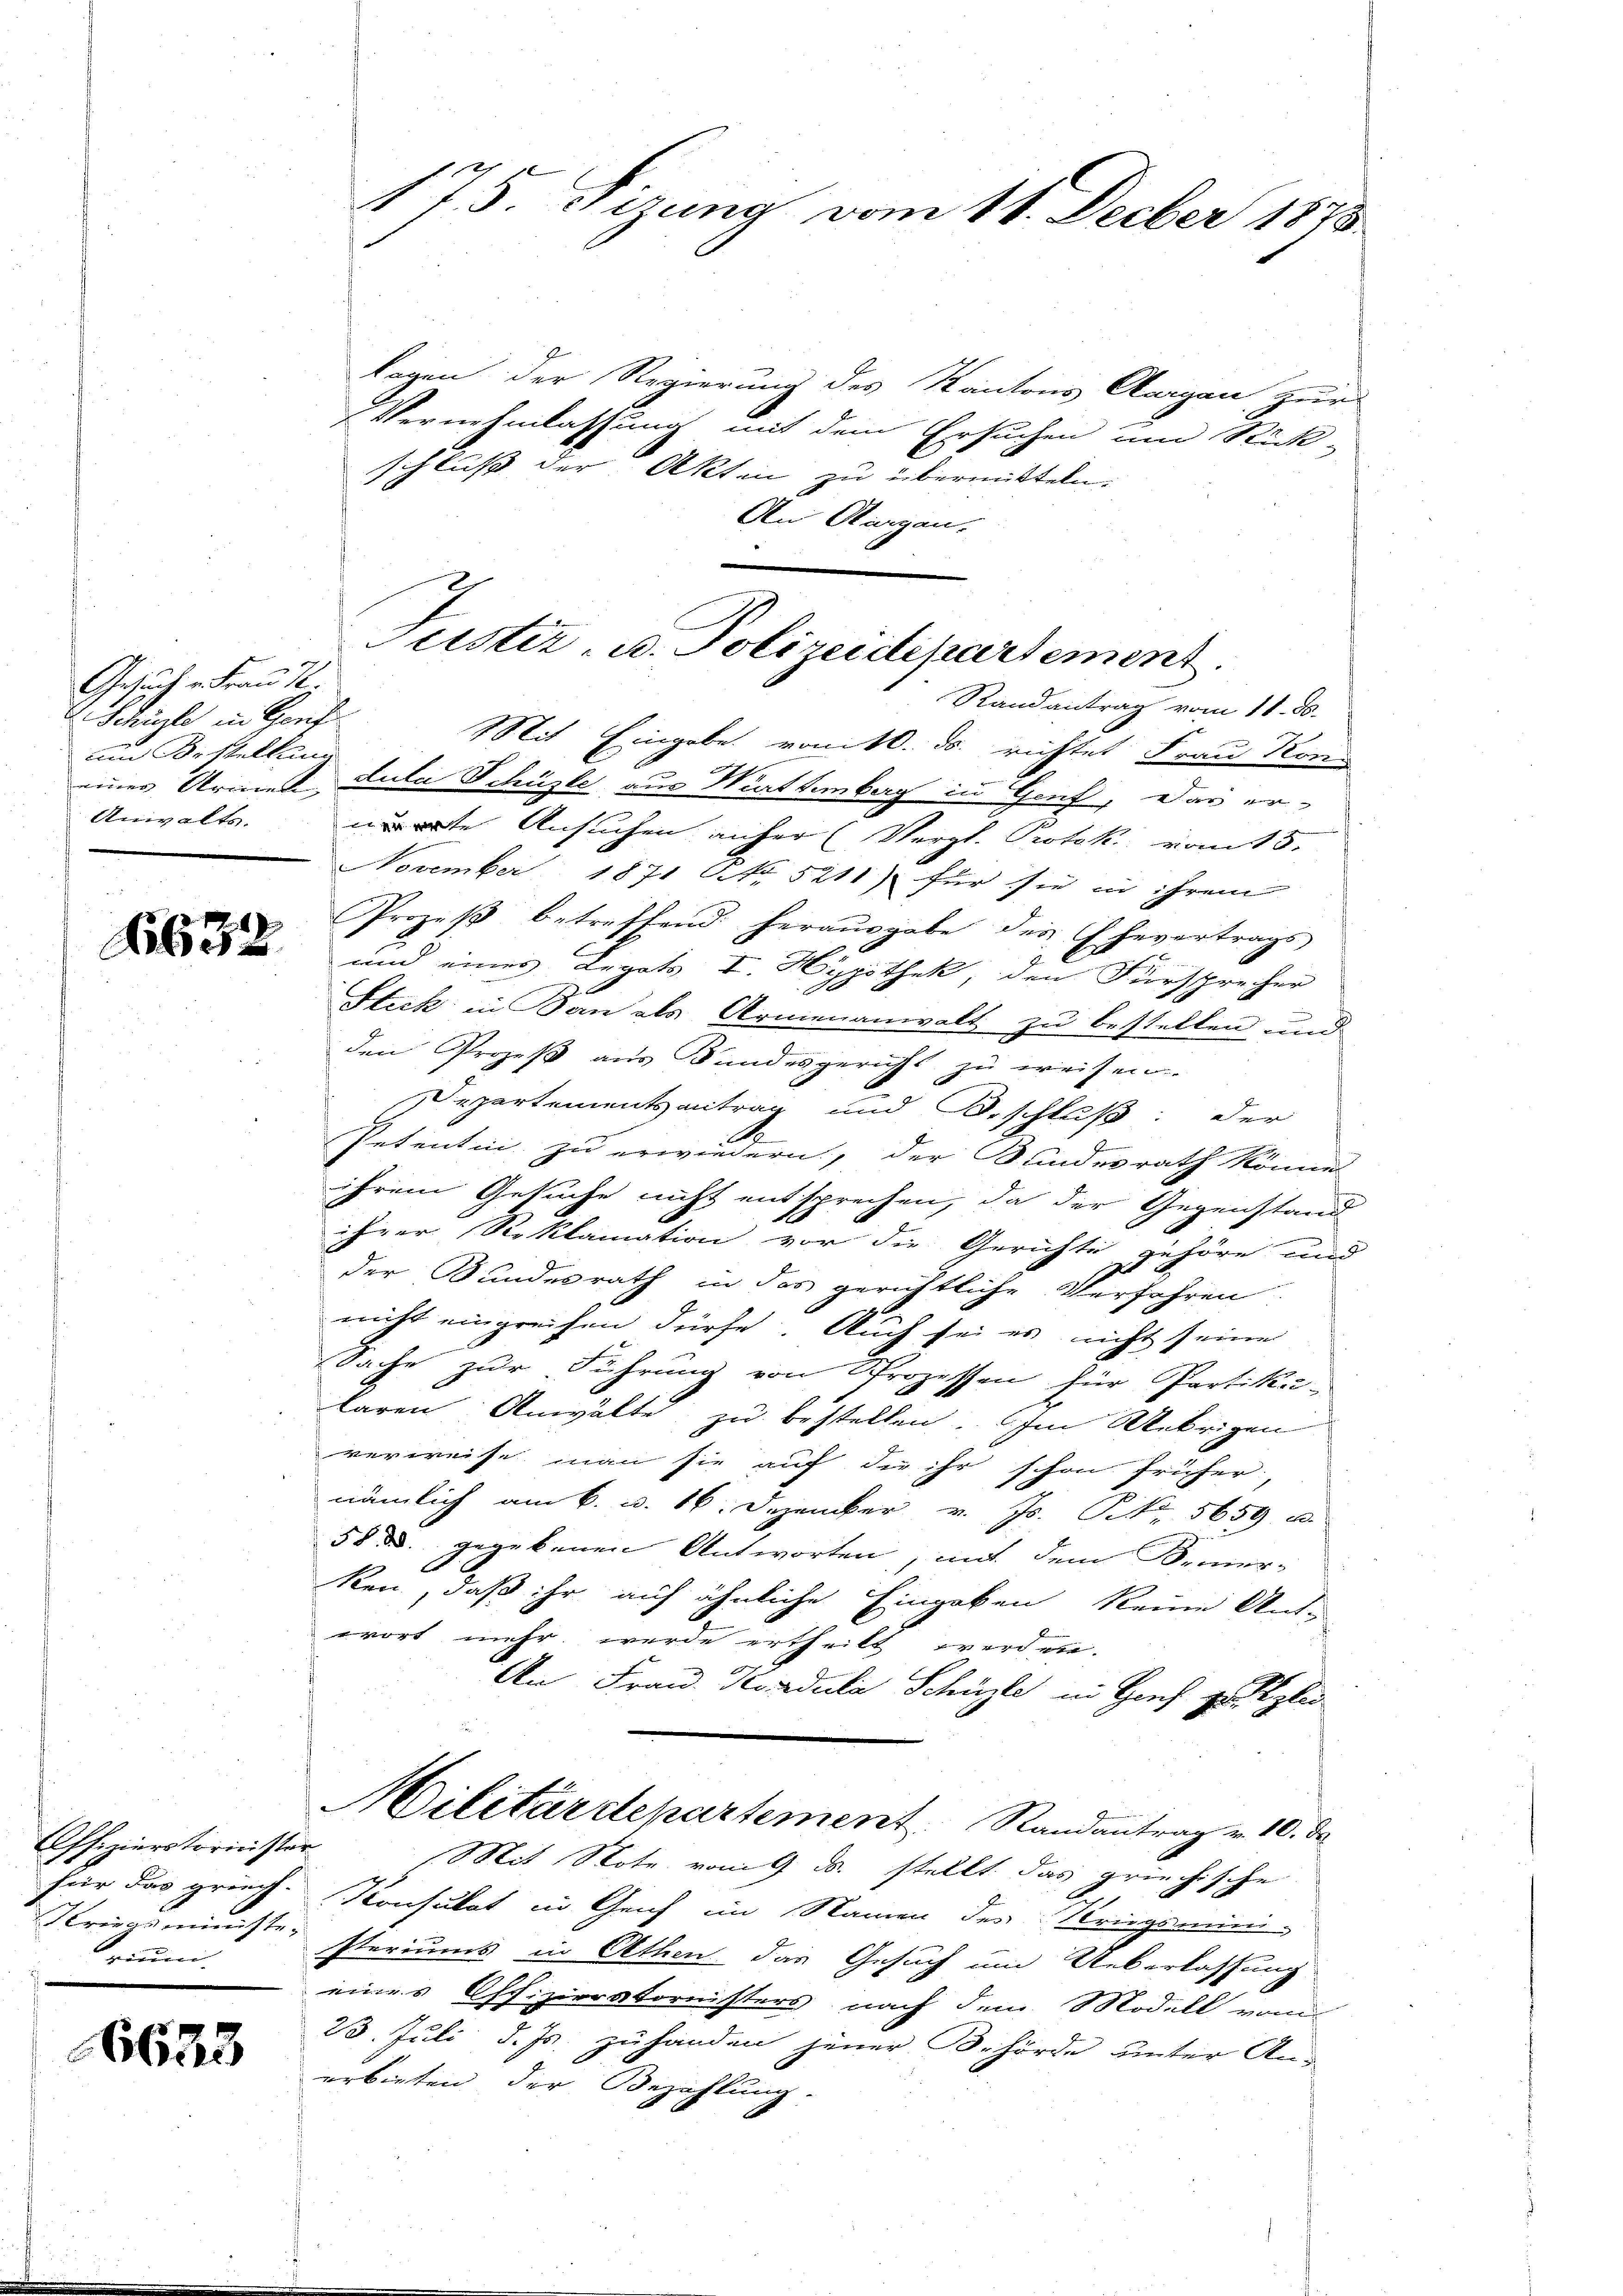
Gesuch u. Frau T.
V. Schürte in Genf
um Bestellung
Anwalts.

1
Ae

Offizierstorinster
Für das griech.
rium.

6633

lagen der Regierung des Kantons Aargau zur
Vernehmlassung mit dem Ersuchen um Rück-
schluß der Akten zu übermitteln.
An Sargau.
Randantrag vom 11. 80.
Mit Eingabe vom 10. ds. richtet Frau Kon
einer Armen, Lula Schüzle aus Württemberg in Genf, das er-
ute Ansuchen anfer (Vergl. Protok vom 15.
November 1871 NNo. 5211) für sie in ihrem
Prozeβ betreffend herausgabe des Ehevertrags
B
und eines Legats I. Hypothek, den Fürsprecher
Stick in San als Armenanwalt zu bestellen und
den Prozeß aus Bundesgericht zu weisen.
Departementsantrag und Beschluß: der
Petentin zu erwiedern, der Bundesrath könne
ihrem Gesuche nicht entsprechen, da der Gegenstand
ihrer Reklamation vor die Gerichte gehöre und
der Bundesrath in das gerichtliche Verfahren.
nicht eingreifen dürfe. Auch sei es nicht seine
SSache zur Führung von Prozessen für Partika-
laren Anwälte zu bestellen. Im Uebrigen
verweise man sie auf die ihr schon früher,
nämlich am 6. d. 16. Dezember v. Js. P. Nr. 5659 u.
58 u. gegebenen Antworten, mit dem Bemer-
ken, daß ihr auf ähnliche Eingaben keine Antwort mehr werde ertheilt werden.
An Frau Kondula Schüzle in Genf zu le
Militärdepartement        Randantrag v. 10. d.
Mit Note vom 4. ds. stellt das griechische
Konsulat in Geich im Namen des Kriegsmini-
Kriegsminister steriums in Althen das Gesuch und Ueberlassung
eines Offizierstornisters nach dem Modell vom
23. Juli d. Js. zuhanden jener Behörde unter An-
erbieten der Bezahlung.

175. Fizung vom 11. Feber 1875.

Justiz- u. Polizeidepartement.